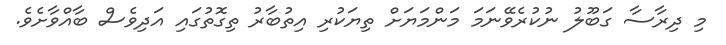
މި ދިރާސާ ގަބޫލު ނުކުރެވޭނަމަ މަންމަޔަށް ތިޔަކުރި އިތުބާރު ތިގޮތުގައި އަދިވެސް ބާއްވާށެވެ.